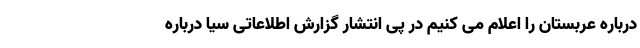
درباره عربستان را اعلام می کنیم در پی انتشار گزارش اطلاعاتی سیا درباره